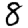
Digit: 8